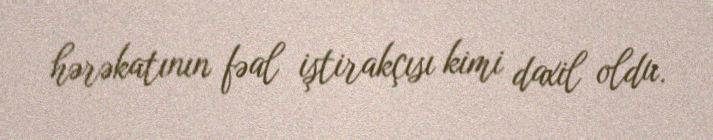
hərəkatının fəal iştirakçısı kimi daxil oldu.